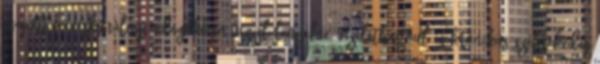
csapott kávéskanálnyi adagokban vízzel lenyelve, vizelethajtóul és krónikus székrekedés